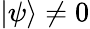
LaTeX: \vert\psi\rangle\ne 0